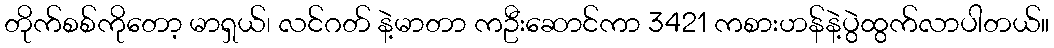
တိုက်စစ်ကိုတော့ မာရှယ်၊ လင်ဂတ် နဲ့မာတာ ကဦးဆောင်ကာ 3421 ကစားဟန်နဲ့ပွဲထွက်လာပါတယ်။